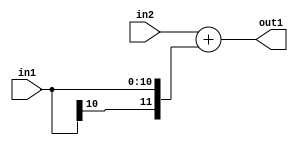
`timescale 1ps / 1ps
/*****************************************************************************
    Verilog RTL Description
    
    
    Created by: Stratus DpOpt 2019.1.01 
*******************************************************************************/

module SobelFilter_Add_12Sx11S_12S_1 (
	in2,
	in1,
	out1
	); /* architecture "behavioural" */ 
input [11:0] in2;
input [10:0] in1;
output [11:0] out1;
wire [11:0] asc001;

assign asc001 = 
	+(in2)
	+({in1[10], in1});

assign out1 = asc001;
endmodule

/* CADENCE  ubL2Sgk= : u9/ySgnWtBlWxVPRXgAZ4Og= ** DO NOT EDIT THIS LINE ******/